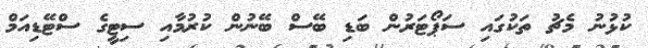
ކުޅުނު މެޗު ތަކުގައި ސަޕޯޓަރުން ބަޑި ބޭސް ބޭނުން ކުރުމާއި ސިޓީގެ ސްޓޭޑިއަމް